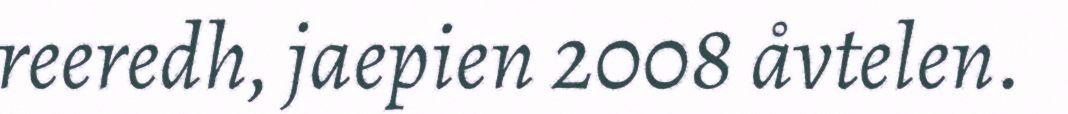
reeredh, jaepien 2008 åvtelen.